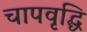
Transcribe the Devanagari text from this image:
चापवृद्धि